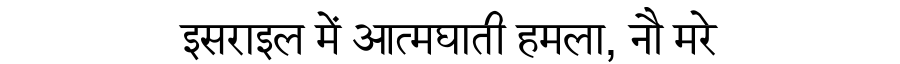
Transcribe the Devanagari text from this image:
इसराइल में आत्मघाती हमला, नौ मरे